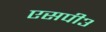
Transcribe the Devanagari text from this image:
एसपी३